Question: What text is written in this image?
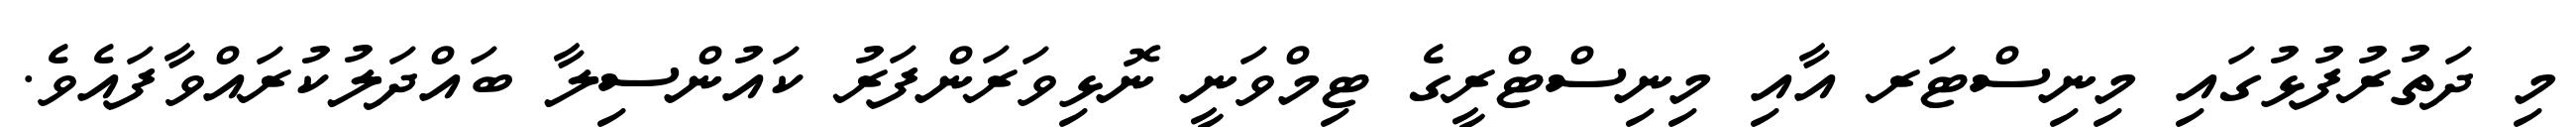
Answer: މި ދަތުރުފުޅުގައި މިނިސްޓަރ އާއި މިނިސްޓްރީގެ ޓިމްވަނީ ނޮޅިވަރަންފަރު ކައުންސިލާ ބައްދަލުކުރައްވާފައެވެ.